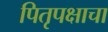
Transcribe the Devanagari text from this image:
पितृपक्षाचा